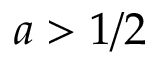
a > 1 / 2